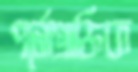
পর্নোগ্রাফিক